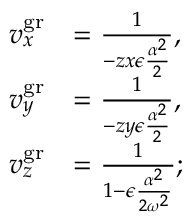
\begin{array} { r l } { v _ { x } ^ { \mathrm { g r } } } & { = \frac { 1 } { - z x \epsilon \frac { \alpha ^ { 2 } } { 2 } } , } \\ { v _ { y } ^ { \mathrm { g r } } } & { = \frac { 1 } { - z y \epsilon \frac { \alpha ^ { 2 } } { 2 } } , } \\ { v _ { z } ^ { \mathrm { g r } } } & { = \frac { 1 } { 1 - \epsilon \frac { \alpha ^ { 2 } } { 2 \omega ^ { 2 } } } ; } \end{array}